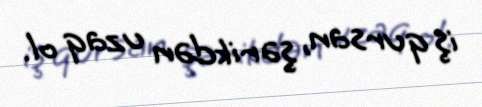
iş qursan, şərikdən uzaq ol.